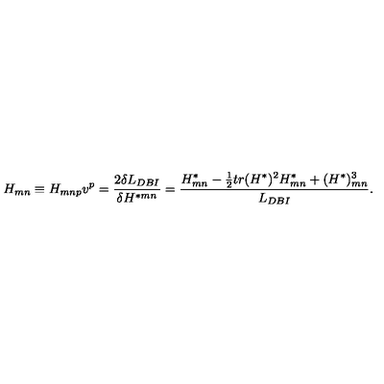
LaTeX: H _ { m n } \equiv H _ { m n p } v ^ { p } = { \frac { 2 \delta L _ { D B I } } { \delta H ^ { * m n } } } = { \frac { H _ { m n } ^ { * } - { \frac { 1 } { 2 } } t r ( H ^ { * } ) ^ { 2 } H _ { m n } ^ { * } + ( H ^ { * } ) _ { m n } ^ { 3 } } { L _ { D B I } } } .